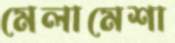
মেলামেশা